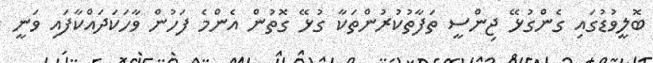
ބޮލީވުޑުގައި ގެންގުޅޭ ޖިންސީ ތަފާތުކުރުންތަކާ ގުޅޭ ގޮތުން އެންމެ ފަހުން ވާހަކަދައްކާފައި ވަނީ